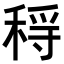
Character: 𥟳